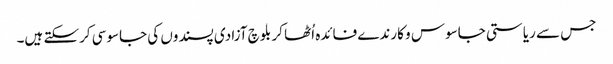
جس سے ریاستی جاسوس و کارندے فائدہ اُٹھا کر بلوچ آزادی پسندوں کی جاسوسی کرسکتے ہیں۔